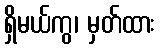
ရှိမယ်ကွ၊ မှတ်ထား